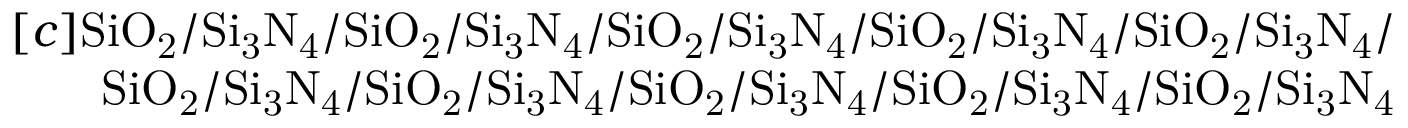
\begin{array} { r } { [ c ] \mathrm { S i O _ { 2 } / S i _ { 3 } N _ { 4 } / S i O _ { 2 } / S i _ { 3 } N _ { 4 } / S i O _ { 2 } / S i _ { 3 } N _ { 4 } / S i O _ { 2 } / S i _ { 3 } N _ { 4 } / S i O _ { 2 } / S i _ { 3 } N _ { 4 } / } } \\ { \mathrm { S i O _ { 2 } / S i _ { 3 } N _ { 4 } / S i O _ { 2 } / S i _ { 3 } N _ { 4 } / S i O _ { 2 } / S i _ { 3 } N _ { 4 } / S i O _ { 2 } / S i _ { 3 } N _ { 4 } / S i O _ { 2 } / S i _ { 3 } N _ { 4 } } } \end{array}